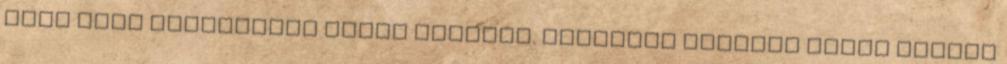
vagy mint megszokott késve érkezik. Csodával határos módon időben